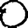
Digit: 0